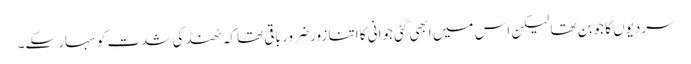
سردیوں کا جوبن تھا لیکن اس میں ابھی گئی جوانی کا اتنا زور ضرور باقی تھا کہ ٹھنڈ کی شدت کو سہار سکے۔